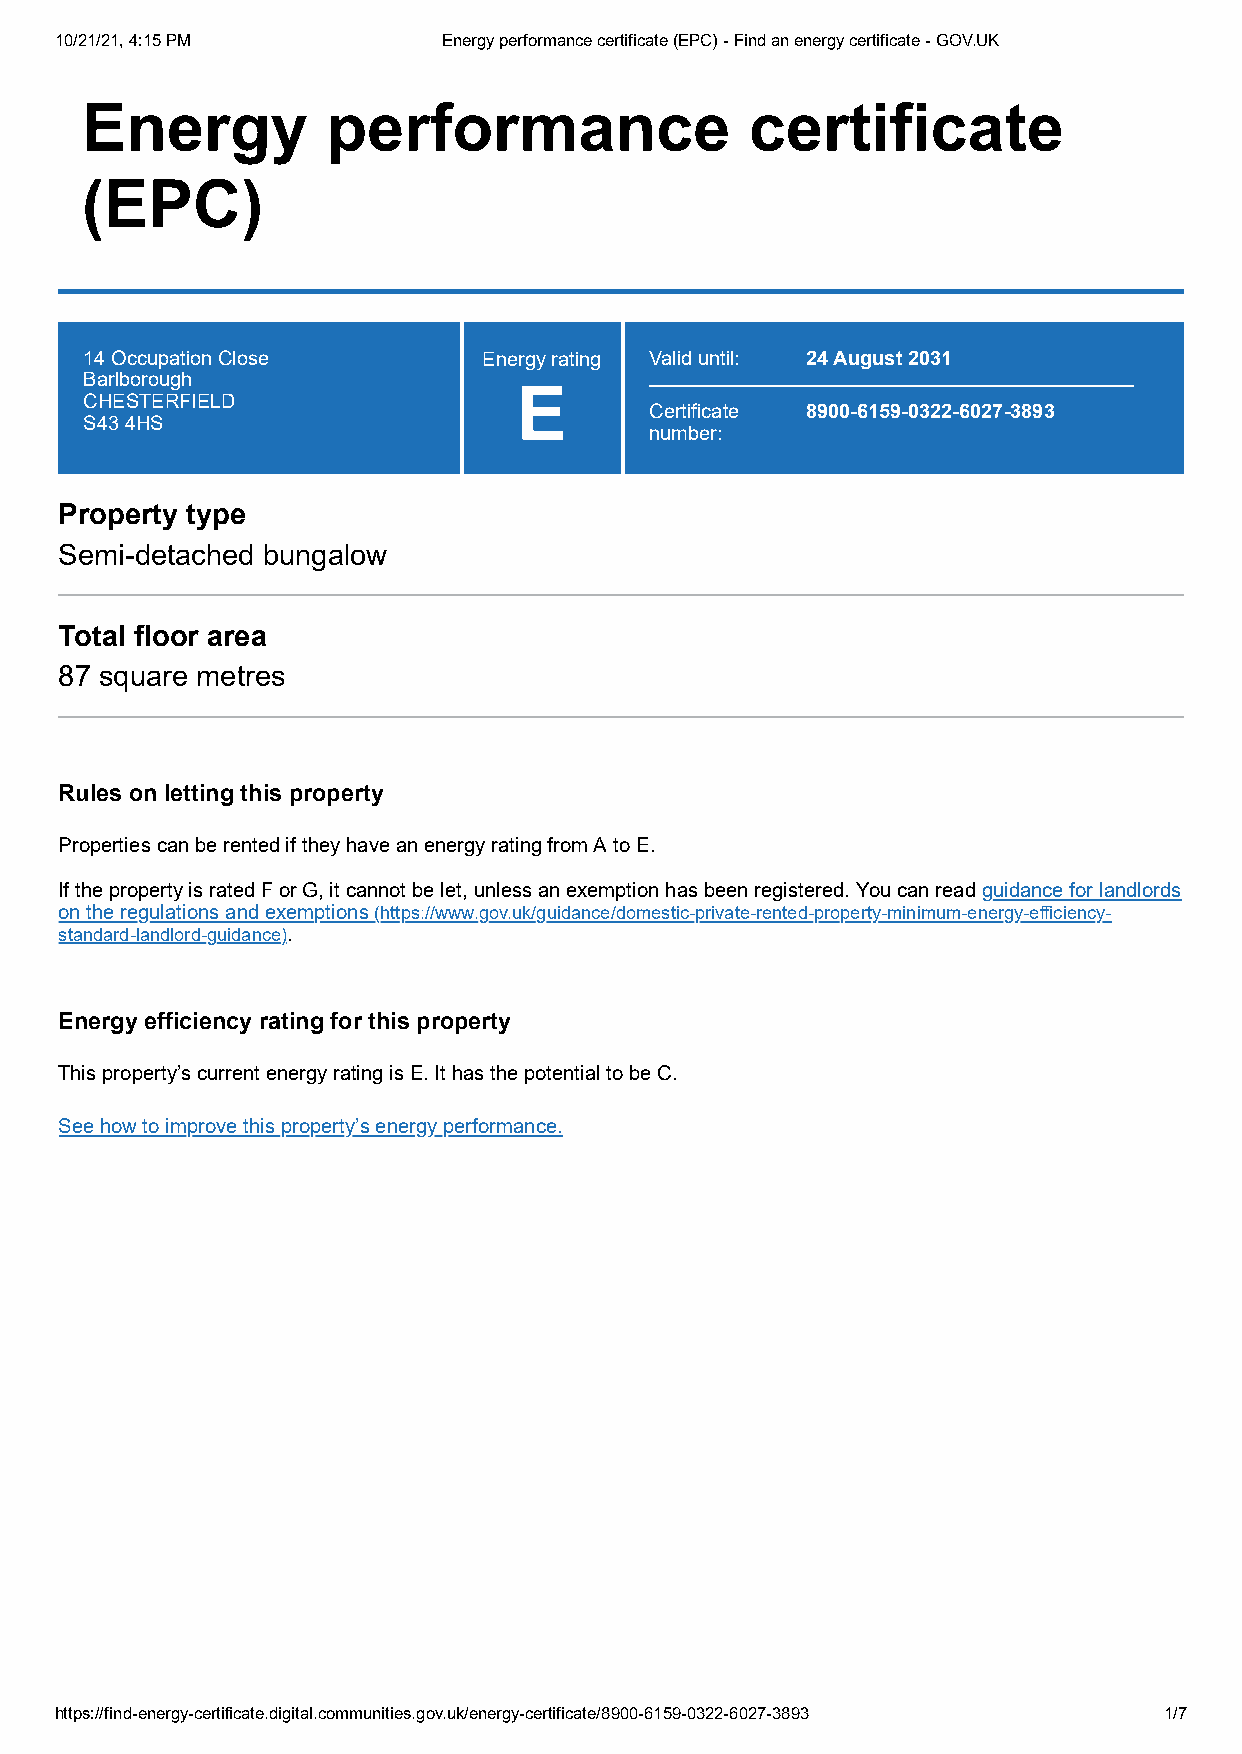
10/21/21, 4:15 PM        Energy performance certificate (EPC) - Find an energy certificate - GOV.UK
 Energy           performance                 certificate
 (EPC)
 14 Occupation Close       Energy rating Valid until: 24 August 2031
 Barlborough
 E
 CHESTERFIELD
 Certificate 8900-6159-0322-6027-3893
 S43 4HS
 number:
 Property type
 Semi-detached bungalow
 Total floor area
 87 square metres
 Rules on letting this property
 Properties can be rented if they have an energy rating from A to E.
 If the property is rated F or G, it cannot be let, unless an exemption has been registered. You can read guidance for landlords
 on the regulations and exemptions (https://www.gov.uk/guidance/domestic-private-rented-property-minimum-energy-efficiency-
 standard-landlord-guidance).
 Energy efficiency rating for this property
 This property’s current energy rating is E. It has the potential to be C.
 See how to improve this property’s energy performance.
 https://find-energy-certificate.digital.communities.gov.uk/energy-certificate/8900-6159-0322-6027-3893 1/7